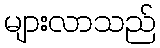
များလာသည်